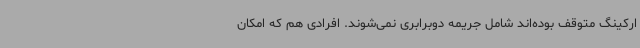
ارکینگ متوقف بوده‌اند شامل جریمه دوبرابری نمی‌شوند. افرادی هم که امکان